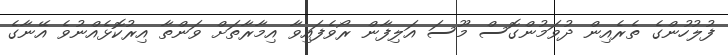
ފުލުހުންގެ ތެރެއިން ދުވަމުންގޮސް މޫސަ އަލިފާން ރޯވެފައިވާ އިމާރާތަށް ވަންތާ އިރުކޮޅެއްނުވެ އޭނާގެ